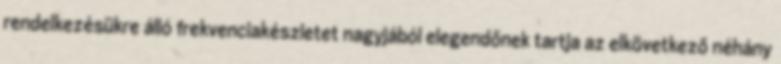
rendelkezésükre álló frekvenciakészletet nagyjából elegendőnek tartja az elkövetkező néhány